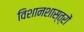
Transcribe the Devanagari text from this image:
विशानशास्त्रों